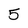
Character: 5